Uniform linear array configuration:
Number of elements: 16
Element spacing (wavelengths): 0.75
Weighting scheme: hamming
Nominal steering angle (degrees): -60
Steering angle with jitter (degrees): -59.418
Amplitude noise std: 0.05
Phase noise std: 0.05

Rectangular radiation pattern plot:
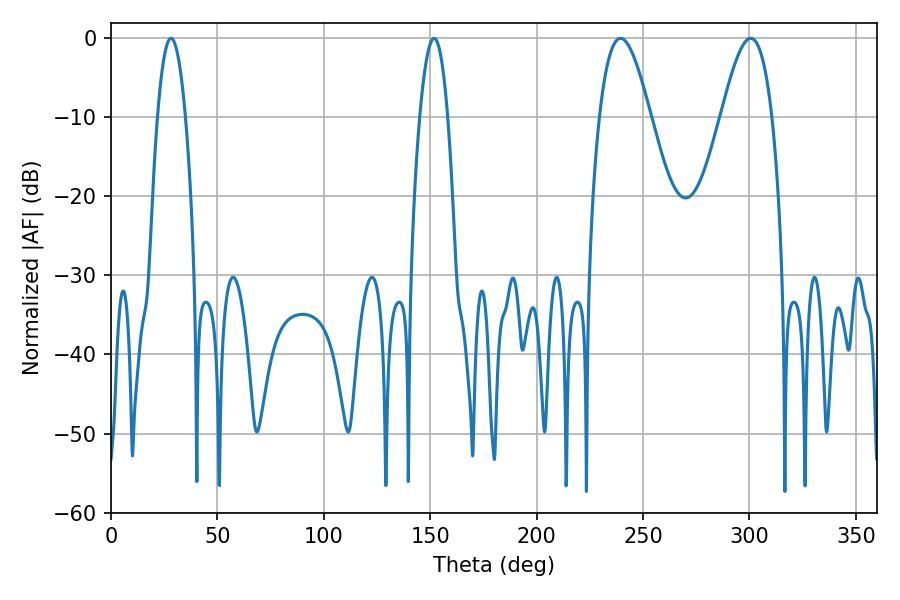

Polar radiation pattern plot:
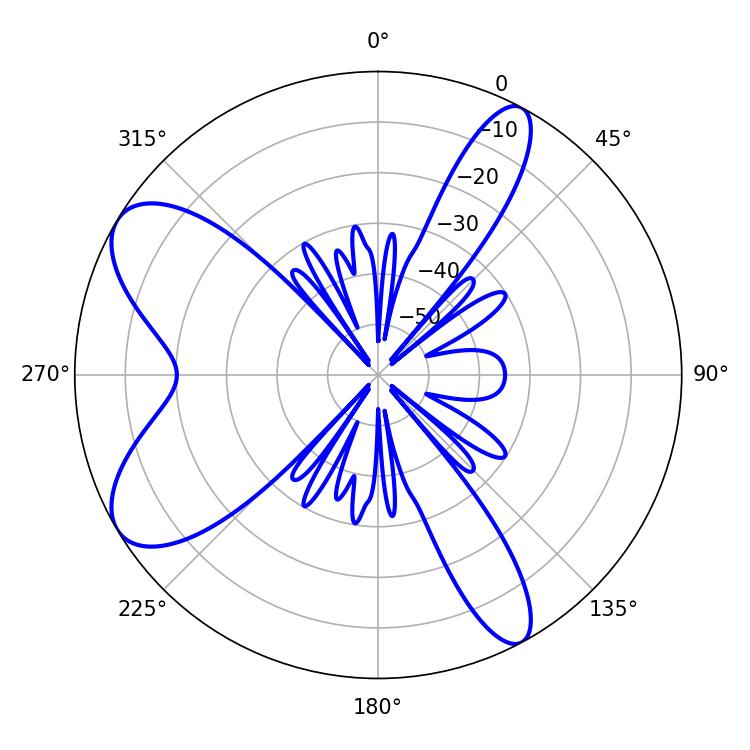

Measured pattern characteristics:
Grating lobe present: TRUE
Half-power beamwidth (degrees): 12.78
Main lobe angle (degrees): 239.4